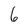
Character: 6